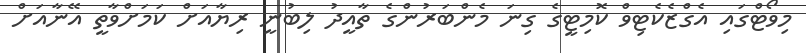
މިވޯޓްގައި އެގްޒެކެޓިވް ކޮމިޓީގެ ގިނަ މެންބަރުންގެ ތާއީދު ލިބުނީ ރިޔާއަށް ކަމަށްވާތީ އޭނާއަށް